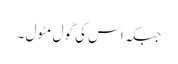
جبکہ اس کی گول مٹول ۔